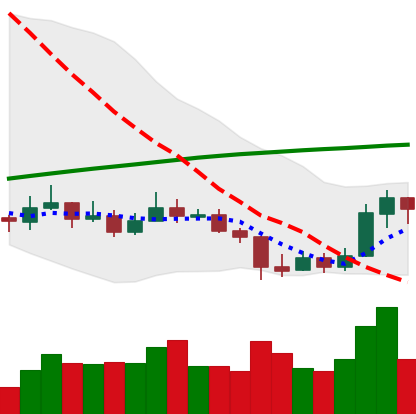
Ticker: LINK-USD
Chart end date: 2019-09-20
Forward return: -3.696%
Label: down_3_5